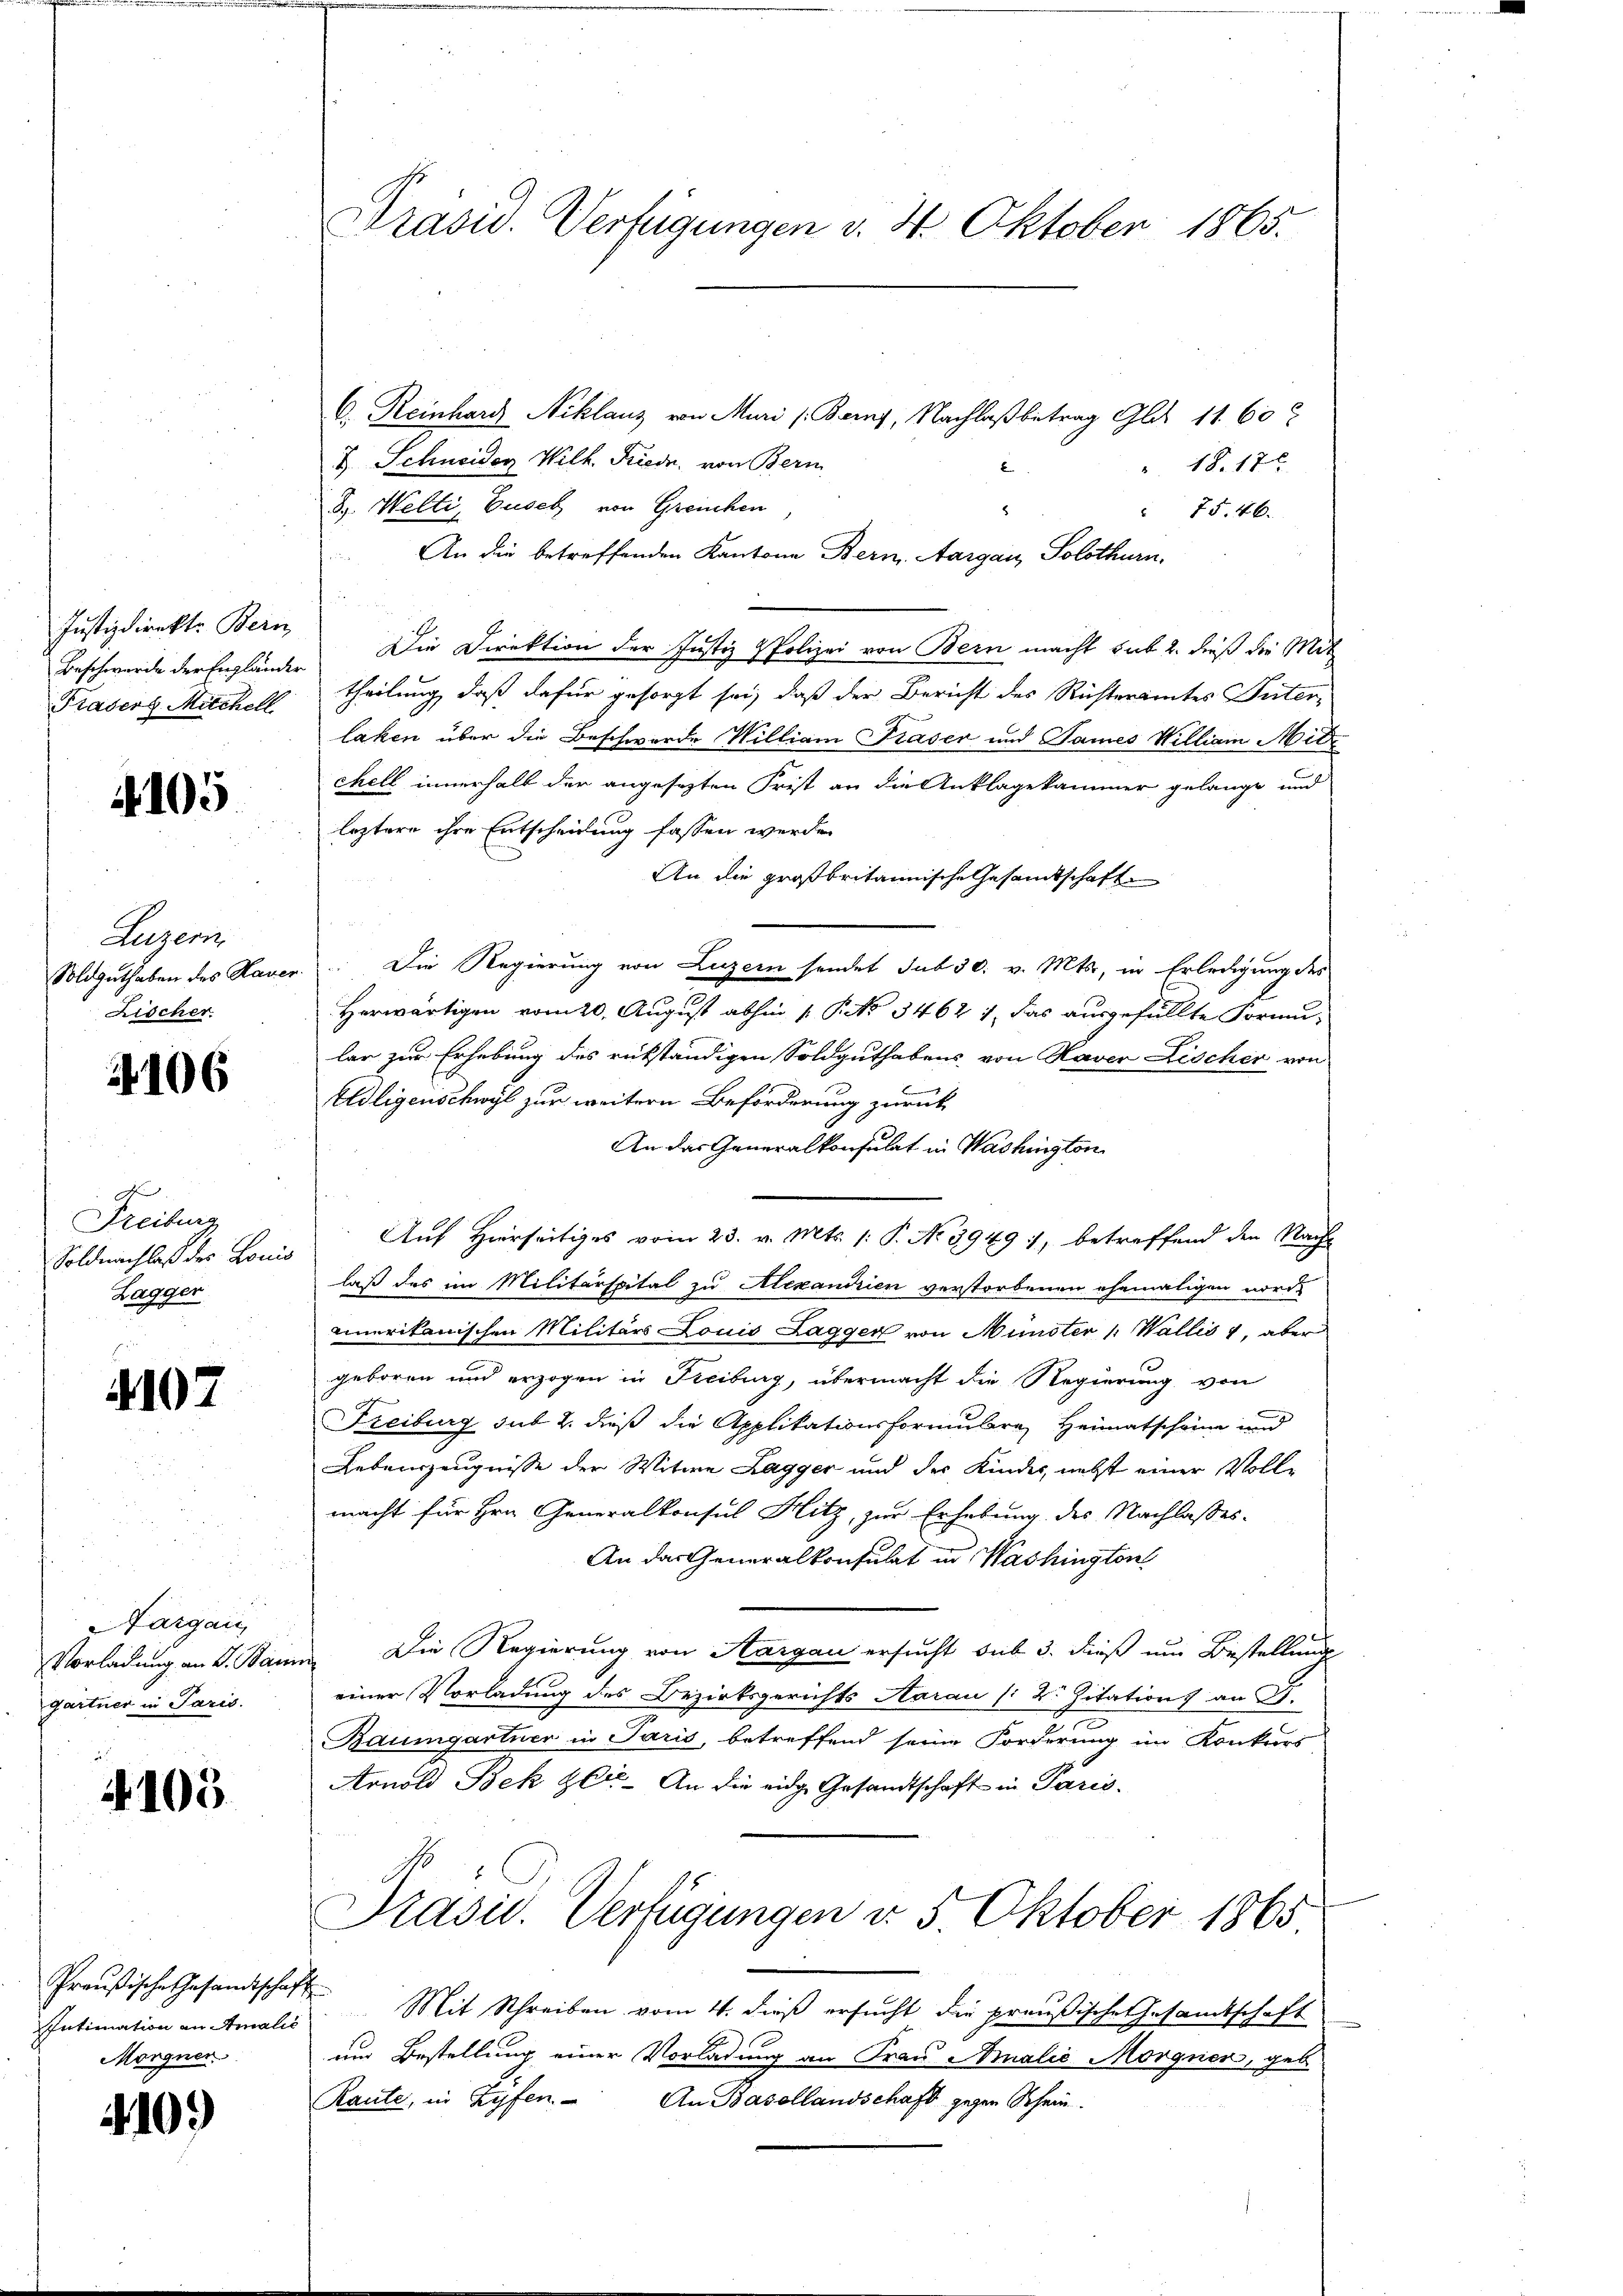
Justizdirekte Bein
Beschwerde der Engländer
Frasers Michell

4105

Luzern
Soldguthaben des Hauer
Fischer

106

Freiburg
Soldnachlaß des Louis
Lagger

4107

Targau,
Vorladung an S. Bar
gartner in Paris.

4103.

Preußische Gesandtschaf
Intimation an Amalie
Morgner.

410.

Präsid. Verfügungen v. 4. Oktober 1865.

C. Reinhard Niklaus von Muri (Barf, Nachlaß betrag Glits 11. 60
&. Schneider Wilh. Friedr. von Beri
" 18. 17
J. Welti, Busch von Greuchen
8
 75. 46.
An die betreffenden Kantone Bern, Aargau, Solothurn,
Die Direktion der Justiz & Polizei von Bern macht sub 2. dieß die Mit
theilung, daß dafür gesorgt sei, daß der Bericht des Richteramtes Güter-
laken über die Beschwerde William Praser und James William Mitz
chell innerhalt der angesezten Frist an die Anklagekammer gelange und
leztere ihre Entscheidung fassen werden
An die großbritannische Gesamtschaft
 Die Regierung von Luzern sendet sub 30. v. Mts., in Erledigung des
Herwärtigen vom 20. August abhin P. P. No 3462 1, das ausgefüllte Formu-
lar zur Erhebung des rükständigen Soldguthabens von Haver Lischer von
Edligenschwyl zur weitern Beförderung zurück
An das Generalkonsulat in Washington
Auf Hierseitiges vom 23. v. Mts. 1: P. No 3949 :/, betreffend den Nach-
laß das im Militärspital zu Alexandrien verstorbenen ehemaligen nord-
amerikanischen Militärs Louis Laggen von Münster /: Wallis v, aber
geboren und erzogen in Freiburg, übermacht die Regierung von
Freiburg sub 2. dieß die Applikationsformulara Heimatscheine und
Lebenszeugnisse der Witwe Lagger und der Kinder, nebst einer Vollmacht für Hrn. Generalkonsul Hitz, zur Erhebung des Nachlasses.
An das Generalkonsulat in Washington
Die Regierung von Aargau ersucht sub 3. dieß um Bestellung
einer Vorladung des Bezirksgerichts Aarau (: Dr. Zitation an S.
Baumgartner in Paris, betreffend seine Forderung im Konkuri
Arnold Bek betr. An die eidg. Gesandtschaft in Paris.
Präsid. Verfügungen d. 5 Oktober 1865
 Mit Schreiben vom 4. dieß ersŭcht die preußische Gesamtschaft
u
um Bestellung einer Vorladung an Frau Amalić Morgner, geb.
Raute, in Zyfen. An Basellandschaft gegen Schein.